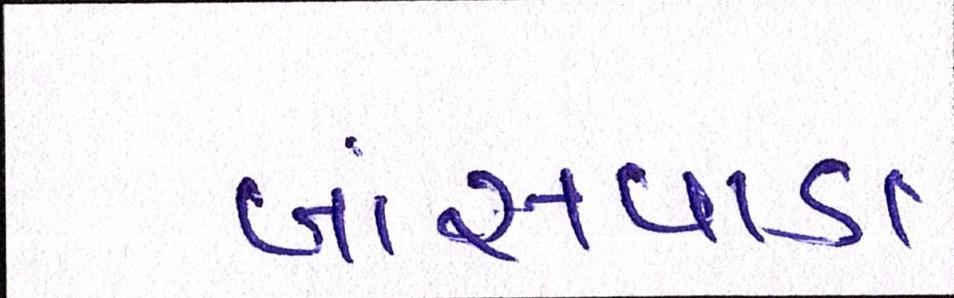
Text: બાંસવાડા